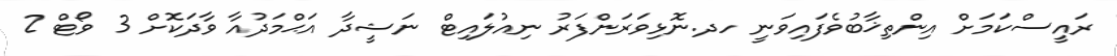
ރައީސްކަމަށް އިންތިޚާބުވެފައިވަނީ ހދ.ނޮޅިވަރަންފަރު ނިއުލައިޓް ނަޝީދާ އަޙްމަދުއާ ވާދަކޮށް 3 ވޯޓް 2